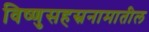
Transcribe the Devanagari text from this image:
विष्णुसहस्रनामातील